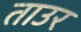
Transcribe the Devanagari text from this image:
ताउर